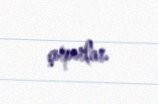
çırpırlar.